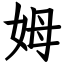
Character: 姆